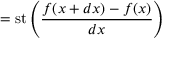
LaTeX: = \operatorname { s t } \left( { \frac { f ( x + d x ) - f ( x ) } { d x } } \right)